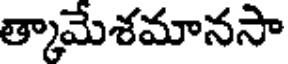
త్కామేశమానసా